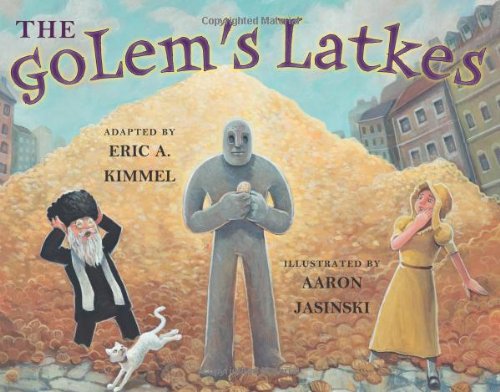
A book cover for The Golem's Latkes; Eric A. Kimmel; Children's Books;